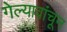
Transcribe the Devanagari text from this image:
गेल्यावांचून